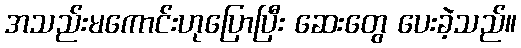
အသည်းမကောင်းဟုပြောပြီး ဆေးတွေ ပေးခဲ့သည်။